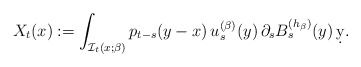
\begin{align*}X_t(x):=\int_{\mathcal{I}_t(x;\beta)} p_{t-s}(y-x)\, u_s^{(\beta)}(y) \,\partial_s B^{(h_\beta)}_s(y)\,\d y.\end{align*}